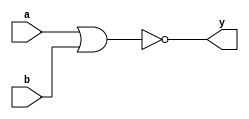
module Nor_gate(a,b,y);
 input a,b;
 output y;
 assign y=~(a|b);
endmodule
module testbench_norg;
 reg a,b;wire y;
 Nor_gate Norg(a,b,y);
 initial begin
  $monitor($time,"a=%b,b=%b,y=%b",a,b,y);
  #10 a=0;b=0;
  #10 a=0;b=1;
  #10 a=1;b=0;
  #10 a=1;b=1;
  #10 $finish;
 end 
endmodule